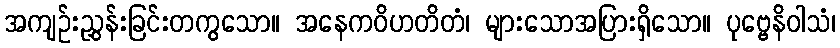
အကျဉ်းညွှန်းခြင်းတကွသော။ အနေကဝိဟတိတံ၊ များသောအပြားရှိသော။ ပုဗ္ဗေနိဝါသံ၊